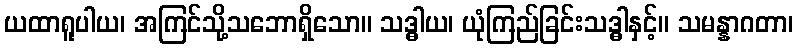
ယထာရူပါယ၊ အကြင်သို့သဘောရှိသော။ သဒ္ဓါယ၊ ယုံကြည်ခြင်းသဒ္ဓါနှင့်။ သမန္နာဂတာ၊